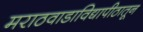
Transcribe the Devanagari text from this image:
मराठवाडाविद्यापीठातून